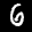
Label: 6